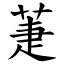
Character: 萐